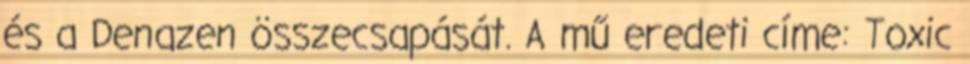
és a Denazen összecsapását. A mű eredeti címe: Toxic